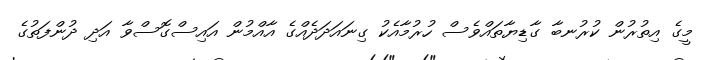
މީގެ އިތުރުން ކުރުނބާ ގާޑިޔާތައްވެސް ހުރުމާއެކު ގިނައަދަދެއްގެ އާއްމުން އައިސްގޮސްވާ އަދި ދުންފަތުގެ